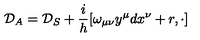
{ \cal { D } } _ { A } = { \cal { D } } _ { S } + \frac { i } { h } [ \omega _ { \mu \nu } y ^ { \mu } d x ^ { \nu } + r , \cdot ]